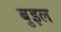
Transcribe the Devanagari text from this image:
बुइल